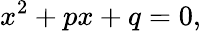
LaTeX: x^{2}+px+q=0,